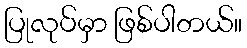
ပြုလုပ်မှာ ဖြစ်ပါတယ်။